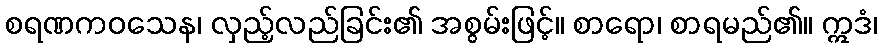
စရဏကဝသေန၊ လှည့်လည်ခြင်း၏ အစွမ်းဖြင့်။ စာရော၊ စာရမည်၏။ ဣဒံ၊